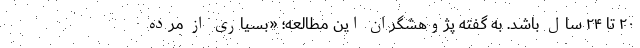
۲۰ تا ۲۴ سال باشد. به گفته پژوهشگران این مطالعه؛ «بسیاری از مرده